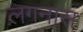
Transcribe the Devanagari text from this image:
लगनास